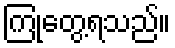
ကြုံတွေ့ရသည်။